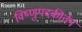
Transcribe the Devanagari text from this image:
विष्णुपदकीर्तन